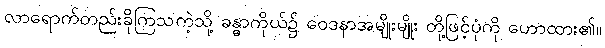
လာရောက်တည်းခိုကြသကဲ့သို့ ခန္ဓာကိုယ်၌ ဝေဒနာအမျိုးမျိုး တို့ဖြင့်ပုံကို ဟောထား၏။